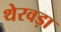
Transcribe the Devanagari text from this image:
थेरवड़ा